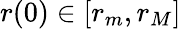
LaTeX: r(0)\in[r_{m},r_{M}]